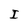
Character: I